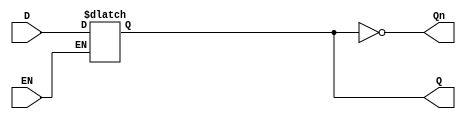
module GatedDLatch (
    input wire D,      // Data input
    input wire EN,     // Enable control signal
    output reg Q,      // Output signal
    output wire Qn     // Complement of the output Q
);

// Complement of Q
assign Qn = ~Q;

// Always block to implement the latch behavior
always @(*) begin
    if (EN) begin
        Q = D; // When EN is high, Q follows D
    end
    // When EN is low, Q retains its value
end

endmodule